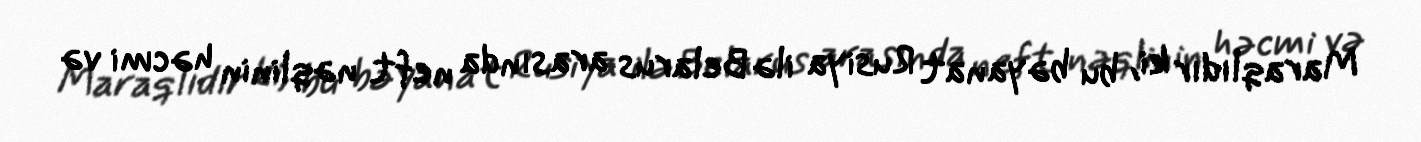
Maraqlıdır ki, bu bəyanat Rusiya ilə Belarus arasında neft nəqlinin həcmi və